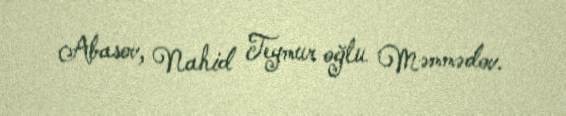
Abasov, Nahid Teymur oğlu Məmmədov.